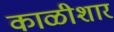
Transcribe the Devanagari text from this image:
काळीशार